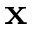
\textbf { x }